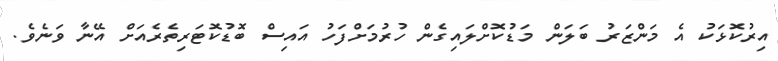
އިރުކޮޅަކު އެ މަންޒަރު ބަލަން މަޑުކޮށްލައިގެން ހުރުމަށްފަހު އައިސް ބޮޑުކޮޓަރިތެރެއަށް އޭނާ ވަނެވެ.